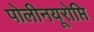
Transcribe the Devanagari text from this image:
पोलीनयूरोप्ति